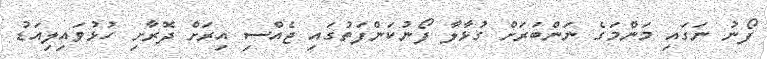
ފޯނު ނަގައި މަންމަގެ ނަންބަރަށް ގުޅާލާ ފޯނުކަންފަތުގައި ޖެއްސި އިރަށް ދޮރާށި ހުޅުވައިލިއަޑު